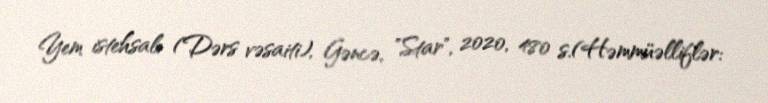
Yem istehsalı (Dərs vəsaiti), Gəncə, "Star", 2020, 480 s.(Həmmüəlliflər: